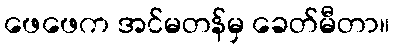
ဖေဖေက အင်မတန်မှ ခေတ်မီတာ။